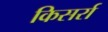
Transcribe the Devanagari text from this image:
किसर्रा